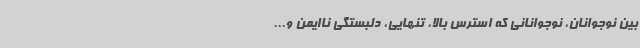
بین نوجوانان، نوجوانانی که استرس بالا، تنهایی، دلبستگی ناایمن و...